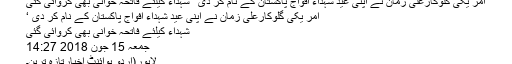
امر یکی گلوکارعلی زمان نے اپنی عید شہداء افواج پاکستان کے نام کر دی ‘ شہداء کیلئے فاتحہ خوانی بھی کروائی گئی
امر یکی گلوکارعلی زمان نے اپنی عید شہداء افواج پاکستان کے نام کر دی ‘
شہداء کیلئے فاتحہ خوانی بھی کروائی گئی
جمعہ 15 جون 2018 14:27
لاہور(اُردو پوائنٹ اخبارتازہ ترین۔